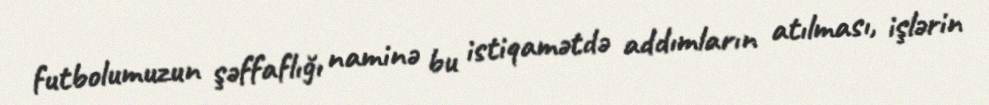
futbolumuzun şəffaflığı naminə bu istiqamətdə addımların atılması, işlərin